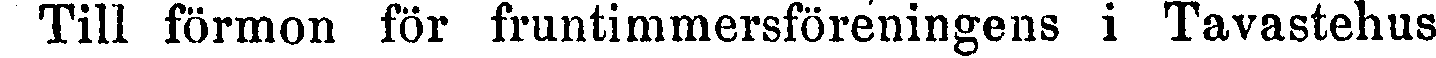
i' Till förmon för fruntimmersföreningens i Tavastehus